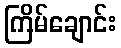
ကြိမ်ချောင်း